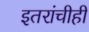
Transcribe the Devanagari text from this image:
इतरांचीही